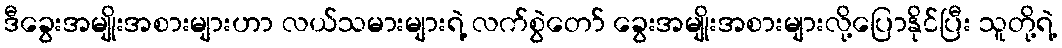
ဒီခွေးအမျိုးအစားများဟာ လယ်သမားများရဲ့ လက်စွဲတော် ခွေးအမျိုးအစားများလို့ပြောနိုင်ပြီး သူတို့ရဲ့